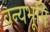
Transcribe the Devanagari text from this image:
वन्यभूमि